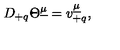
D _ { + q } \Theta ^ { \underline { { \mu } } } = v _ { + q } ^ { \underline { { \mu } } } ,